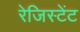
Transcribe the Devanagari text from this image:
रेजिस्टेंट